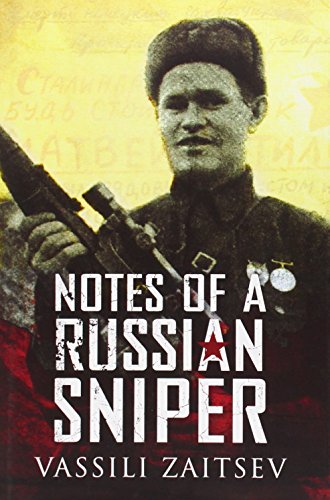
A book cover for NOTES OF A RUSSIAN SNIPER; Vassili Zaitsev; History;